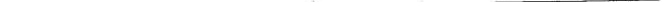
___